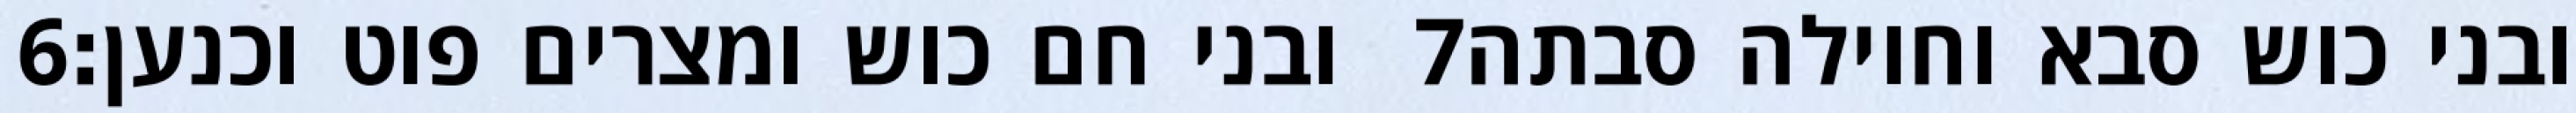
‎6‏ ובני חם כוש ומצרים פוט וכנען׃ ‎7‏ ובני כוש סבא וחוילה סבתה